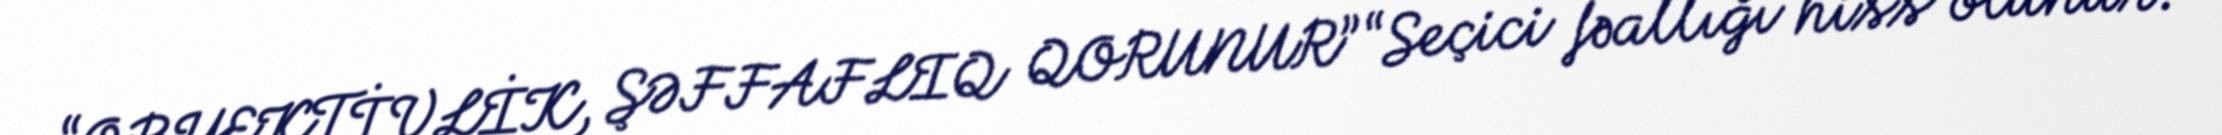
“OBYEKTİVLİK, ŞƏFFAFLIQ QORUNUR” “Seçici fəallığı hiss olunur.